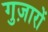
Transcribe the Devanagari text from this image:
गुज़ारों